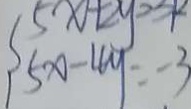
5 x - 4 y = - 3